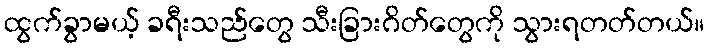
ထွက်ခွာမယ့် ခရီးသည်တွေ သီးခြားဂိတ်တွေကို သွားရတတ်တယ်။